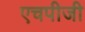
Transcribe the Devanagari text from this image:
एचपीजी